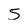
Character: 5